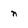
Character: n